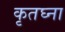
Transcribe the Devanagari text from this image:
कृतघ्ना